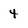
Character: 4